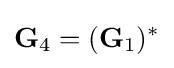
{\bf {G}}_{4}=({\bf {G}}_{1})^{*}